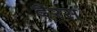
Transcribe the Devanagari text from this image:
दैरस्